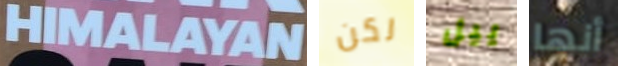
HIMALAYAN لكن ييل أنها